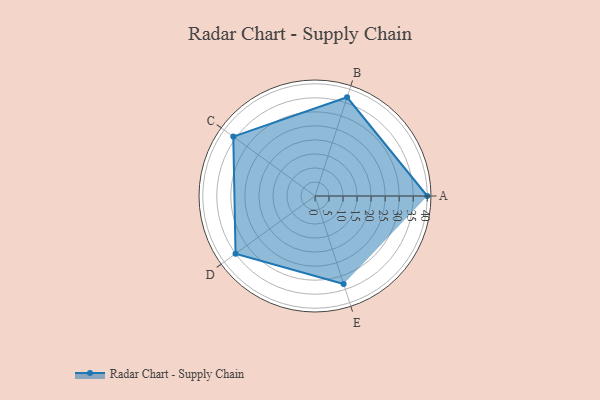
{"axis": {"x": "Skill", "y": "Score"}, "legend": ["Profile"], "data": [{"x": "A", "y": 40.0, "type": "Profile"}, {"x": "B", "y": 37.0, "type": "Profile"}, {"x": "C", "y": 36.0, "type": "Profile"}, {"x": "D", "y": 35.0, "type": "Profile"}, {"x": "E", "y": 33.0, "type": "Profile"}]}